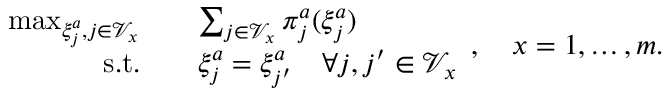
\begin{array} { r l } { \operatorname* { m a x } _ { \xi _ { j } ^ { a } , j \in \mathcal { V } _ { x } } \quad } & { \sum _ { j \in \mathcal { V } _ { x } } \pi _ { j } ^ { a } ( \xi _ { j } ^ { a } ) } \\ { \mathrm { s . t . } \quad } & { \xi _ { j } ^ { a } = \xi _ { j ^ { \prime } } ^ { a } \quad \forall j , j ^ { \prime } \in \mathcal { V } _ { x } } \end{array} , \quad x = 1 , \dots , m .